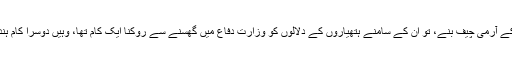
ہماری جانکاری کے حساب سے جب جنرل وی کے سنگھ ہندوستان کے آرمی چیف بنے، تو ان کے سامنے ہتھیاروں کے دلالوں کو وزارتِ دفاع میں گھسنے سے روکنا ایک کام تھا، وہیں دوسرا کام ہندوستان کی سرحدوں کو ہندوستان کے پڑوسیوں سے محفوظ رکھنا تھا۔